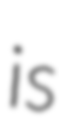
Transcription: is